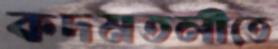
কদমতলীতে